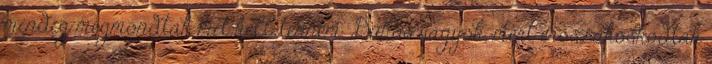
mindig megmondták mit kell tennem. Dühös vagyok, mert erőszakoskodtak